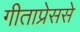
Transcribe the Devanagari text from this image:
गीताप्रेससे